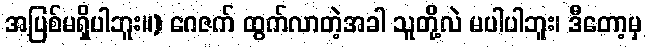
အပြစ်မရှိပါဘူး။) ဂေဇက် ထွက်လာတဲ့အခါ သူတို့လဲ မပါပါဘူး၊ ဒီတော့မှ